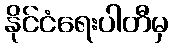
နိုင်ငံရေးပါတီမှ